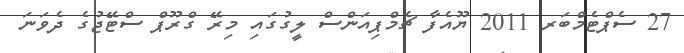
27 ސެޕްޓެމްބަރ 2011 ޔޫއެފާ ޗެމްޕިއަންސް ލީގުގައި މިރޭ ގްރޫޕް ސްޓޭޖުގެ ދެވަނަ